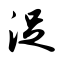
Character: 浞